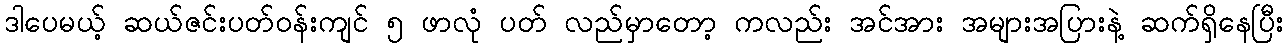
ဒါပေမယ့် ဆယ်ဇင်းပတ်ဝန်းကျင် ၅ ဖာလုံ ပတ် လည်မှာတော့ ကလည်း အင်အား အများအပြားနဲ့ ဆက်ရှိနေပြီး